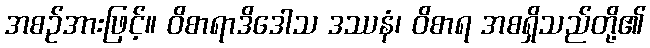
အစဉ်အားဖြင့်။ ဝိစာရာဒိဒေါသ ဒဿနံ၊ ဝိစာရ အစရှိသည်တို့၏